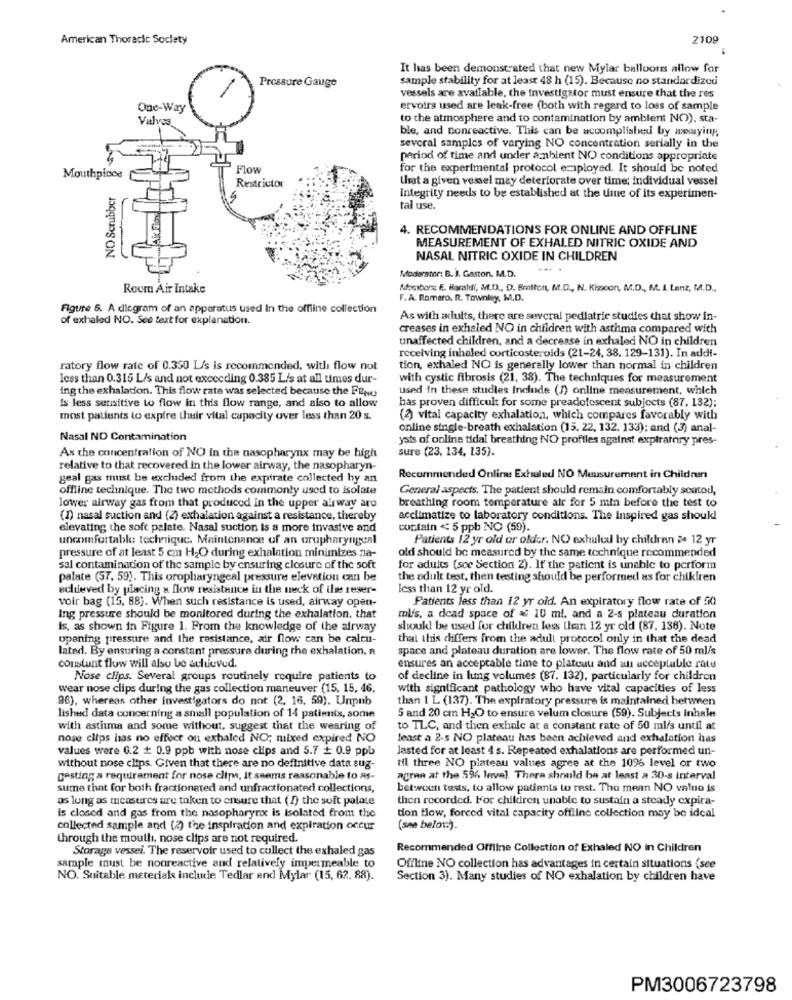
American Thoracic Society
2109
It has been demonstrated that new Mylar balloons allow for
sample stability for at least 48 h (15). Because no standardizeu
Pressure Gauge
vessels are available, the investigator must ensure that the res
One-Way
ervoirs used are leak-free (both with regard to loss of sample
Valves
to the atmosphere and to contamination by ambient NO), sta-
ble, and nonreactive. This can be accomplished by assaying
several samples of varying NO concentration serially in the
period of time and under ambient NO conditions appropriate
Flow
for the experimental protocol employed. It should be noted
Mouthpiece
that a given vessel may deteriorate over time; individual vessel
NO Scrubber
Restrictor
integrity needs to be established at the use of its experimen-
tal use.
4. RECOMMENDATIONS FOR ONLINE AND OFFLINE
MEASUREMENT OF EXHALED NITRIC OXIDE AND
NASAL NITRIC OXIDE IN CHILDREN
Moderator: B. J. Gaston, M.D.
Room Air Intake
Members: E. Baraldi, M.D ., D. Bratton, M.D ., N. Kizicon, M.D ., M. I. Lenz, M.D .,
F. A. Romero, R. Townley, M.D.
Figure 6. A diagram of an apparatus used In the offline collection
of exhaled NO. See text for explanation.
As with adults, there are several pediatric studies that show in-
creases in exhaled NO in children with asthma compared with
unaffected children, and a decrease in exhaled NO in children
receiving inhaled corticosteroids (21-24, 38. 129-131). In addi-
ratory flow rate of 0.350 L/s is recommended, with flow not
tion, exhaled NO is generally lower than normal in children
less than 0.315 L/s and not exceeding 0.385 L/s at all times dur-
with cystic fibrosis (21, 38). The techniques for measurement
ing the exhalation. This flow rate was selected because the FENo
used in these studies Include (1) online measurement, which
Is less sensitive to flow in this flow range, and also to allow
has proven difficult for some preadolescent subjects (87. 132);
most patients to expire thuir vital capacity over less than 20 s.
(2) vital capacity exhalation, which compares favorably with
online single-breath exhalation (15. 22, 132, 133); and (3) anal-
Nasal ND Contamination
ysis of online tidal breathing NO profitles against expiratory pres-
sure (23, 134, 135).
As the concentration of NO in the nasopharynx may be high
relative to that recovered in the lower airway, the nasopharyn-
geal gas must be excluded from the expirate collected by an
Recommended Online Exhaled NO Meusurement in Children
offline technique. The two methods commonly used to isolate
General aspects. The patient should remain comfortably scatod,
breathing room temperature air for 5 min before the test to
lower airway gas from that produced in the upper airway are
(1) nasal suction and (2) exhalation against a resistance, thereby
acclimatize to laboratory conditions. The inspired gas shouk!
elevating the soft palate. Nasal suction is a more invasive and
contain < 5 ppb NO (59).
uncomfortable technique. Maintenance of an orupharyngeal
Patients 12 yr old or older. NO exhuled by children $ 12 yr
pressure of at least 5 cm H2O during exhalation minimizes na-
old should be measured by the same technique recommended
sal contamination of the sample by ensuring closure of the soft
for adults (see Section 2). If the patient is unable to perform
palate (57. 59). This oropharyngeal pressure elevation can be
the adult test, then testing should be performed as for chikiren
achieved by placing a flow resistance in the neck of ise reser-
less than 12 yr old.
voir bag (15, 88). When such resistance is used, airway open-
Patients less than 12 yr old. An expiratory flow rate of 50
Ing pressure should be monitored during the exhalation, that
ml's, a dead space of & 10 ml, and a 2-s plateau duration
is, as shown in Figure 1. From the knowledge of the airway
should be used for children less than 12 yr old (87, 136). Note
opening pressure and the resistance, air flow can be calcu-
that this chiffers from the adult protocol only in that the dead
lated. By ensuring a constant pressure during the exhalation, a
space and plateau duration are lower. The flow rate of 50 ml/s
constant flow will also be achieved.
ensures an acceptable time to plateau and alı acceptable rate
Nose clips. Several groups routinely require patients to
of decline in hung volumes (87. 132), particularly for children
wear nose clips during the gas collection maneuver (15, 15, 46,
with significant pathology who have vital capacities of less
96), whereas other investigators do not (2. 16. 59). Unpub
than 1 L (137). The expiratory pressure is maintained between
lished data concerning a small population of 14 patients, some
5 and 20 cm H2O to ensure velum closure (59). Subjects inhale
with asthma and some without, suggest that the wearing of
to TLC, and then exhale at a constant rate of 50 ml/s until at
nose clips has no effect ou exhaled NO; mixed expired NO
least a 2-5 NO plateau has been achieved and exhalation has
values were G.2 # 0.9 ppb with nose clips and 5.7 + 0.9 ppb
Jasted for at least 4 s. Repeated exhalations are performed un-
without nose clips. Given that there are no definitive data sug-
til three NO plateau values agree at the 10% level or two
cesting a requirement for nose clips, it seems reasonable to as-
agran at the 5% level. There should be at least a 30-s interval
sume that for both fractionated and unfractionated collections,
between tests, to allow patients to rest. The mean NO value is
as long as measures are token to ensure that (2) the soft palate
thon recorded. For children unable to sustain a steady expira-
is closed and gas from the nasopharynx is isolated from the
tion flow, forced vital capacity offline collection may be ideal
collected sample and (2) the inspiration and expiration occur
(see belowà).
through the mouth, nose clips are not required.
Storage vessel. The reservoir used to collect the exhaled gas
Recommended Offline Collection of Exhaled NO in Children
sample must be nonreactive and relatively impermeable to
Offline NO collection has advantages in certain situations (see
NO. Suitable materials include Tedlar and Mylar (15, 62, 88).
Section 3). Many studies of NO exhalation by children have
PM3006723798